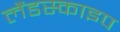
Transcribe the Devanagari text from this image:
लैंडस्काइप